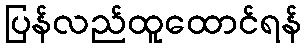
ပြန်လည်ထူထောင်ရန်